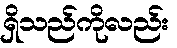
ရှိသည်ကိုလည်း